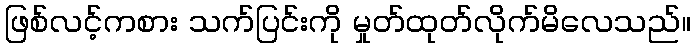
ဖြစ်လင့်ကစား သက်ပြင်းကို မှုတ်ထုတ်လိုက်မိလေသည်။